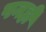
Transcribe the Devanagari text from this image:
पनही